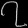
Digit: ၇